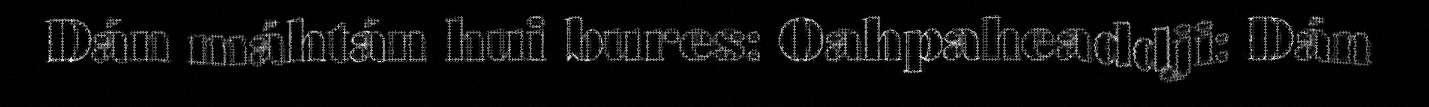
Dán máhtán hui bures: Oahpaheaddji: Dán